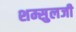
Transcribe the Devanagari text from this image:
शम्सुलजी